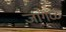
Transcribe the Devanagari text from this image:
जांगळ